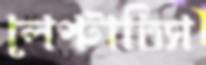
লেপ্‌টাতিস